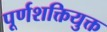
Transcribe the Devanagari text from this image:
पूर्णशक्तियुक्त